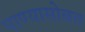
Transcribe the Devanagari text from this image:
पाण्‍यासोबत